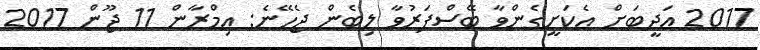
2017 އަދީބަށް އެކަށީގެންވާ ބޭސްފަރުވާ ލިބެން ޖެހޭނެ: އިމްރާން 11 ޖޫން 2017